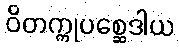
ဝိတက္ကုပစ္ဆေဒါယ